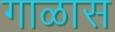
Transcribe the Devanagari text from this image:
गाळास